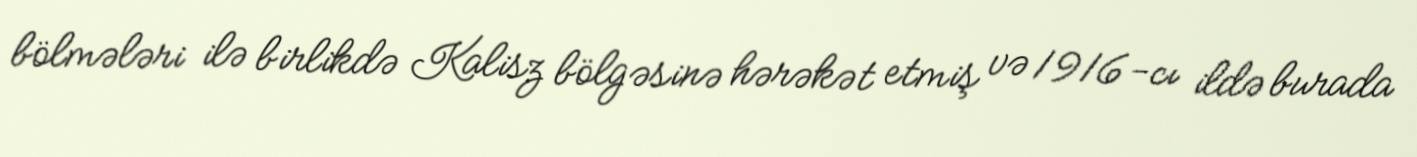
bölmələri ilə birlikdə Kalisz bölgəsinə hərəkət etmiş və 1916-cı ildə burada